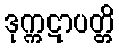
ဒုက္ကဋာပတ္တိ